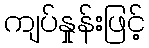
ကျပ်နှုန်းဖြင့်